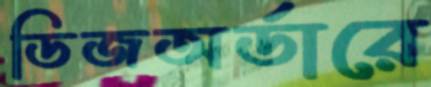
ডিজঅর্ডারে